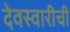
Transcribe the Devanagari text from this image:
देवस्वारीची